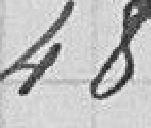
4800